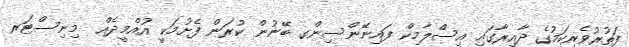
ފަތުރުވެރިކަމުގެ ދާއިރާގައި އިސްލާމިކް ފައިނޭންސިންގ ބޭނުން ކުރަން ފެށުމަކީ އުއްމީދެއް  މިނިސްޓަރ